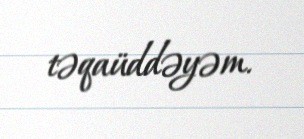
təqaüddəyəm.